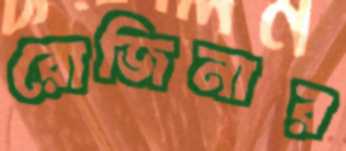
রোজিনার